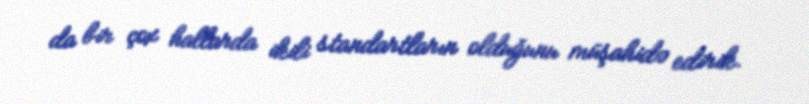
da bir çox hallarda ikili standartların olduğunu müşahidə edirik.